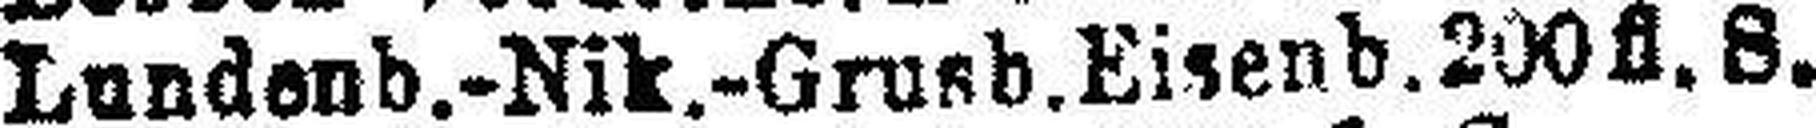
Lundenb.-Nik.-Grusb.Eisenb. 200fl. S.